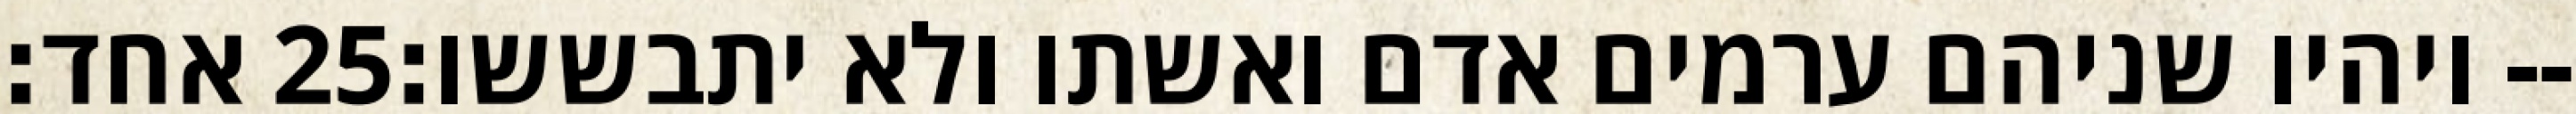
אחד׃ ‎25‏ ויהיו שניהם ערמים אדם ואשתו ולא יתבששו׃--